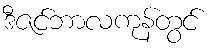
ဒီဇင်ဘာလကုန်တွင်